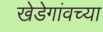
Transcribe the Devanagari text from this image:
खेडेगांवच्या